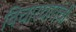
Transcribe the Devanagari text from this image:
विचारधारांची